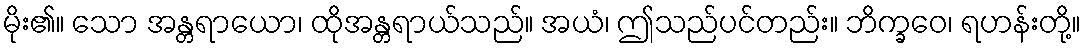
မိုး၏။ သော အန္တရာယော၊ ထိုအန္တရာယ်သည်။ အယံ၊ ဤသည်ပင်တည်း။ ဘိက္ခဝေ၊ ရဟန်းတို့။